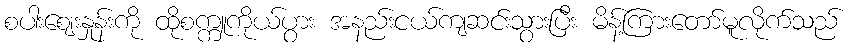
စပါးဈေးနှုန်းကို ထိုစက္ကူကိုယ်ပွား အနည်းငယ်ကျဆင်းသွားပြီး မိန့်ကြားတော်မူလိုက်သည်